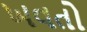
ખવતો